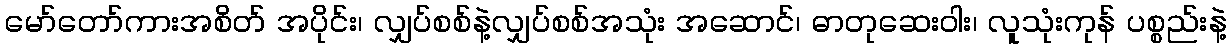
မော်တော်ကားအစိတ် အပိုင်း၊ လျှပ်စစ်နဲ့လျှပ်စစ်အသုံး အဆောင်၊ ဓာတုဆေးဝါး၊ လူသုံးကုန် ပစ္စည်းနဲ့